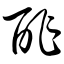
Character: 酢